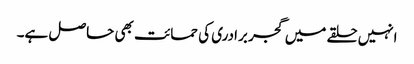
انہیں حلقے میں گجر برادری کی حمائت بھی حاصل ہے۔